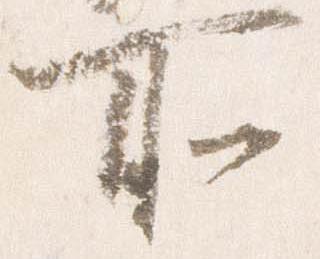
所